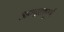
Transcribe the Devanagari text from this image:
अभद्रतापूर्ण